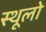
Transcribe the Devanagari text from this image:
स्थूलो